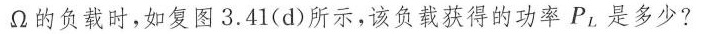
Ω的负载时，如复图3.41(d)所示，该负载获得的功率P_{L}是多少?